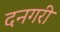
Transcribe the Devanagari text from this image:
दनगरी